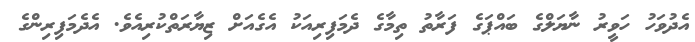
އެދުވަހު ހަވީރު ނާޔަލްގެ ބައްޕަގެ ފަރާތު ތިމާގެ ދެމަފިރިއަކު އެގެއަށް ޒިޔާރަތްކުރިއެވެ. އެދެމަފިރިންގެ